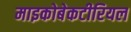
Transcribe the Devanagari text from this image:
माइकोबेकटीरियल